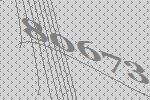
80673